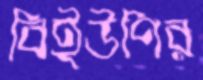
বিইউপির